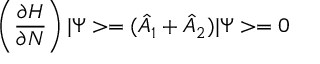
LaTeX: \left( \frac { \partial H } { \partial N } \right) | \Psi > = ( \hat { A } _ { 1 } + \hat { A } _ { 2 } ) | \Psi > = 0